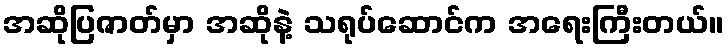
အဆိုပြဇာတ်မှာ အဆိုနဲ့ သရုပ်ဆောင်က အရေးကြီးတယ်။